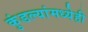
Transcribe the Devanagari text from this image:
कुंडल्यांमध्येही